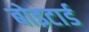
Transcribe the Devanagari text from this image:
बोइटार्ड